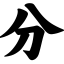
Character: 分